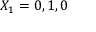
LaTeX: X _ { 1 } = 0 , 1 , 0